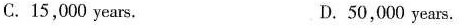
C.15,000 years. D.50,000 years.